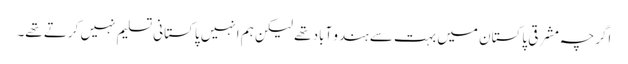
اگرچہ مشرقی پاکستان میں بہت سے ہندو آباد تھے لیکن ہم انہیں پاکستانی تسلیم نہیں کرتے تھے۔